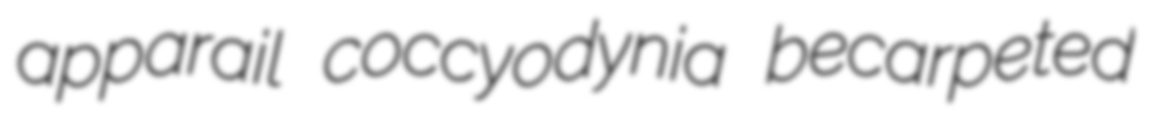
apparail coccyodynia becarpeted